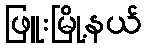
ဖြူးမြို့နယ်